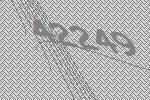
42249